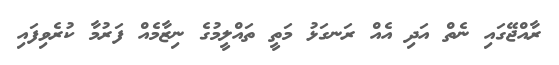
ރާއްޖޭގައި ނެތް އަދި އެއް ރަނގަޅު މަތީ ތައްލީމުގެ ނިޒާމެއް ފަރުމާ ކުރެވިފައި